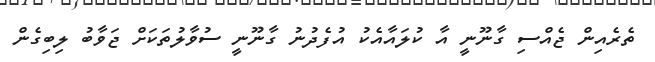
ތެރެއިން ޖެއްސި ގާނޫނީ އާ ކުލައާއެކު އުފެދުނު ގާނޫނީ ސުވާލުތަކަށް ޖަވާބު ލިބިގެން